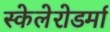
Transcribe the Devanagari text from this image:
स्केलेरोडर्मा